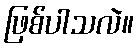
ဖြစ်ပါသလဲ။